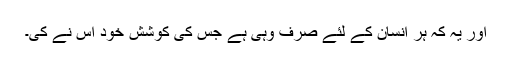
اور یہ کہ ہر انسان کے لئے صرف وہی ہے جس کی کوشش خود اس نے کی۔